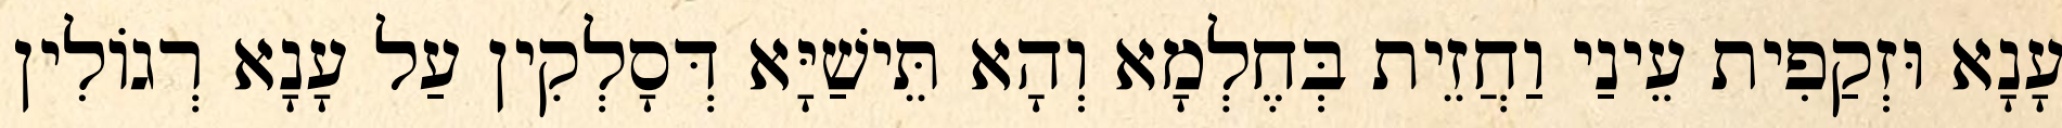
עָנָא וּזְקַפִית עֵינַי וַחֲזֵית בְּחֶלְמָא וְהָא תֵּישַׁיָּא דְּסָלְקִין עַל עָנָא רְגוֹלִין